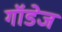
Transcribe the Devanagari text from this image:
गॉडेज